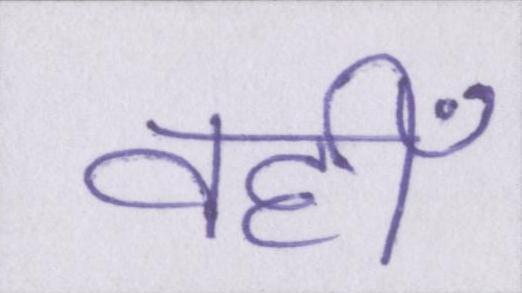
वहीँ